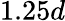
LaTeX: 1.25d